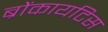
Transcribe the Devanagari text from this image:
ब्रोंकायटिस